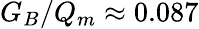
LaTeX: G_{B}/Q_{m}\approx 0.087